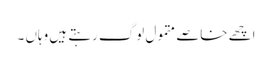
اچھے خاصے متمول لوگ رہتے ہیں وہاں ۔